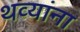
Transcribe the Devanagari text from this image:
थव्यांना